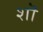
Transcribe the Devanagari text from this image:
शॊ